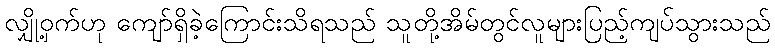
လျှို့ဝှက်ဟု ကျော်ရှိခဲ့ကြောင်းသိရသည် သူတို့အိမ်တွင်လူများပြည့်ကျပ်သွားသည်